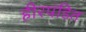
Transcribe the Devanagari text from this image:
हीरपंडित